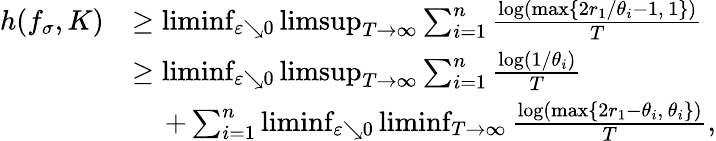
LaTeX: \begin{array}{rl}{h(f_{\sigma},K)}&{\geq\operatorname*{liminf}_{\varepsilon\searrow 0}\operatorname*{limsup}_{T\to\infty}\sum_{i=1}^{n}\frac{\log(\operatorname*{max}\{ 2r_{1}/\theta_{i}-1,\, 1\} )}{T}}\\ &{\geq\operatorname*{liminf}_{\varepsilon\searrow 0}\operatorname*{limsup}_{T\to\infty}\sum_{i=1}^{n}\frac{\log(1/\theta_{i})}{T}}\\ &{\quad\, +\sum_{i=1}^{n}\operatorname*{liminf}_{\varepsilon\searrow 0}\operatorname*{liminf}_{T\to\infty}\frac{\log(\operatorname*{max}\{ 2r_{1}-\theta_{i},\, \theta_{i}\} )}{T},}\end{array}